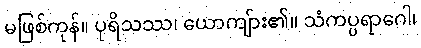
မဖြစ်ကုန်။ ပုရိသဿ၊ ယောကျ်ား၏။ သံကပ္ပရာဂေါ၊